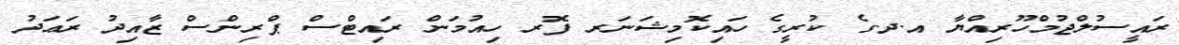
ރައީސުލްޖުމްހޫރިއްޔާ އ.ދ.ގެ ކުރީގެ ހައިކޮމިޝަނަރ ފޮރ ހިއުމަން ރައިޓްސް ޕްރިންސް ޒާއިދު ރަޢަދު